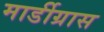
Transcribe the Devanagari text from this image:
मार्डीग्रास